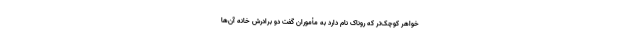
خواهر کوچک‌تر که روناک نام دارد به مأموران گفت دو برادرش خانه آن‌ها